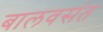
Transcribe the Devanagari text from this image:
बालवसंत